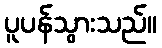
ပူပန်သွားသည်။